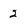
Character: 2